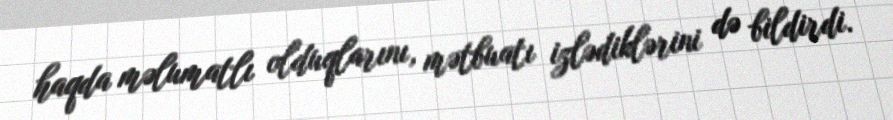
haqda məlumatlı olduqlarını, mətbuatı izlədiklərini də bildirdi.